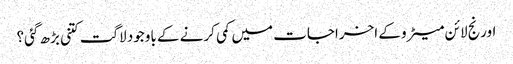
اورنج لائن میٹرو کے اخراجات میں کمی کرنے کے باوجود لاگت کتنی بڑھ گئی؟